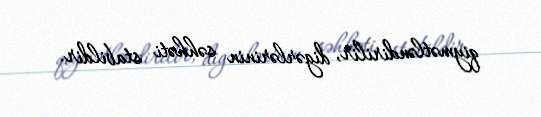
qiymətləndirilir, digərlərinin səhhəti stabildir.